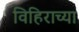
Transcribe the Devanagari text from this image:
विहिराच्या